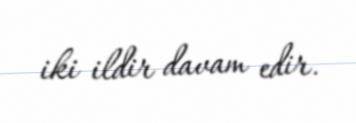
iki ildir davam edir.